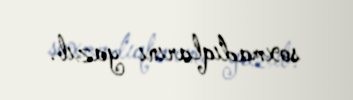
soxmadıqlarını yazıb.